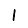
Digit: 1